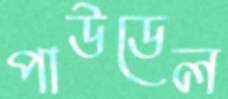
পাউডেল